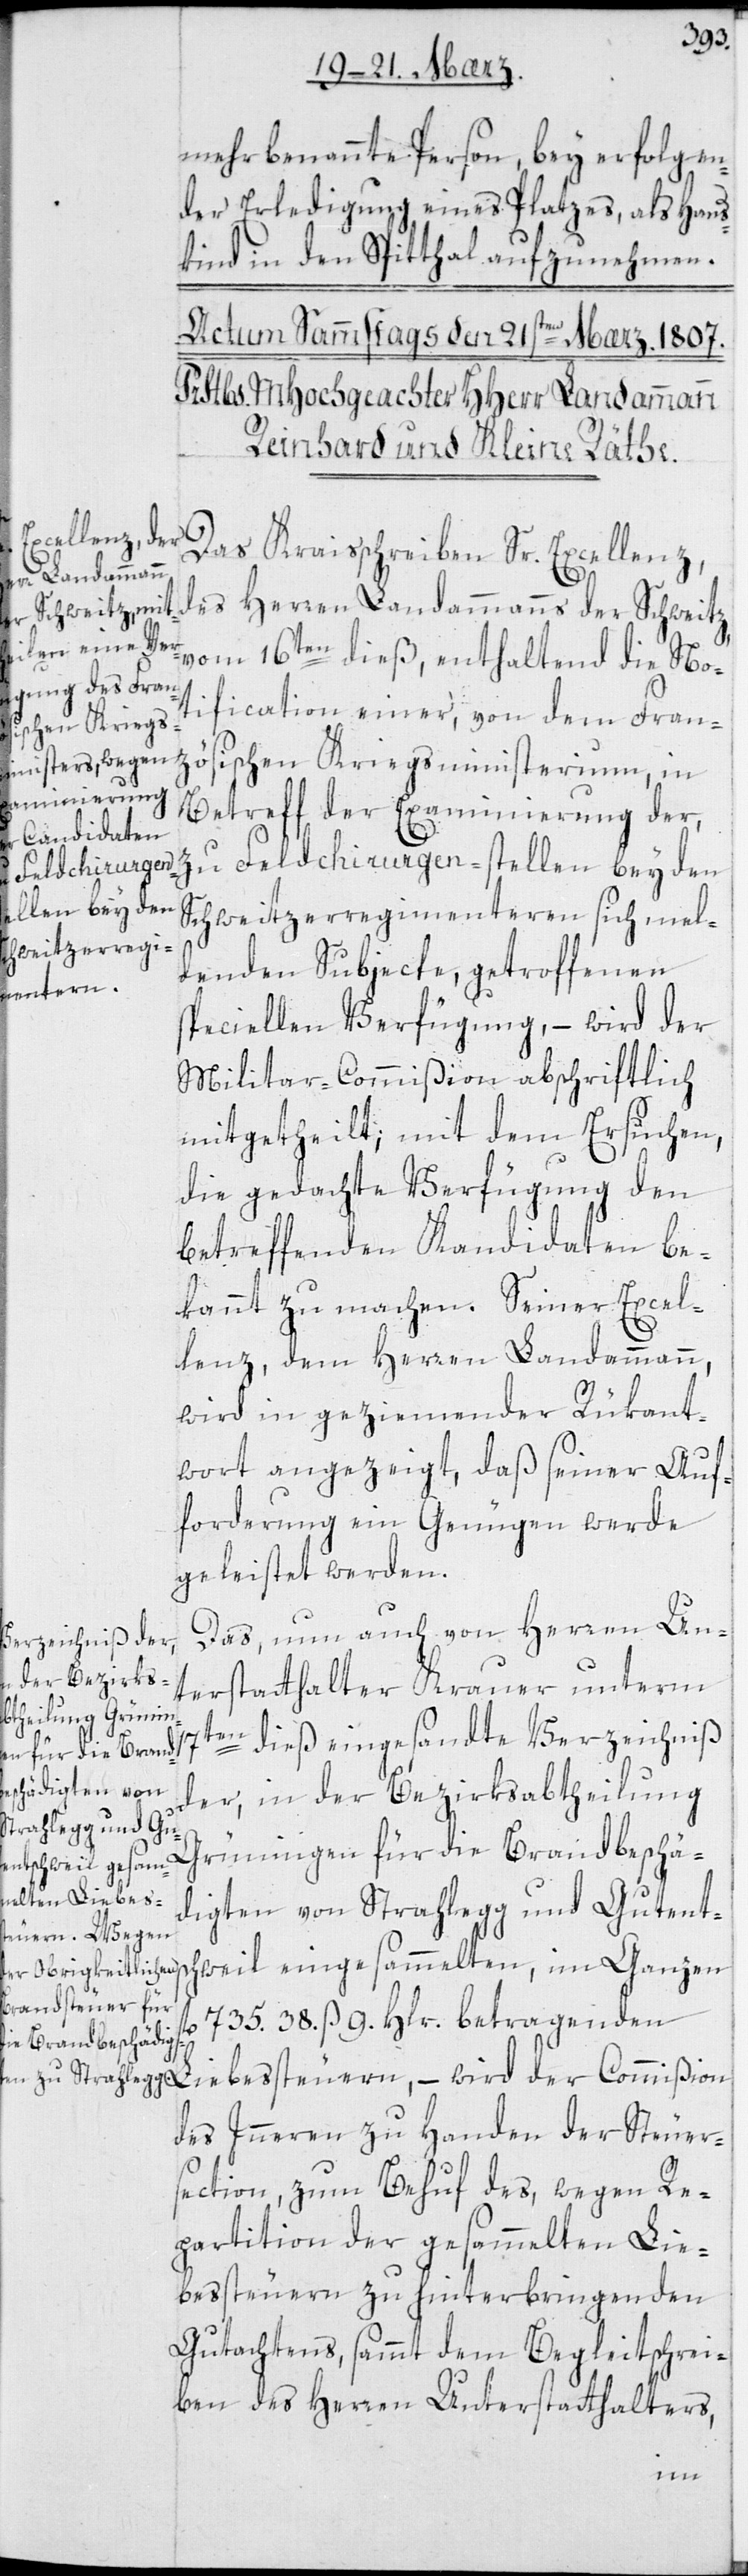
mehrbenannte Person, bey erfolgen¬
der Erledigung eines Platzes, als Haus¬
kind in den Spitthal aufzunehmen.
Das Kreisschreiben Sr. Excellenz
des Herren Landammanns der Schweitz
vom 16ten dieß, enthaltend die Not¬
ification einer, von dem Franz¬
ösischen Kriegsministerium, in
Betreff der Examinierung der,
zu Feldchirurgen-stellen bey den
Schweitzer Regimenteren sich mel¬
denden Subjecte, getroffenen
speciellen Verfügung, – wird der
Militarcommißion abschriftlich
mitgetheilt; mit dem Ersuchen,
die gedachte Verfügung den
betreffenden Kandidaten be¬
kannt zu machen. Seiner Excel¬
lenz dem Herren Landammann
wird in geziemender Rükant¬
wort angezeigt, daß seiner Auf¬
forderung ein Genügen werde
geleistet werden.
Das, nun auch von Herren Un¬
terstatthalter Krauer unterm
–
17ten dieß eingesandte Verzeichnis
der, in der Berirksabtheilung
Grüningen für die Brandbeschä¬
digten von Strahlegg und Gutents¬
735 38. ß 9. Hlr. betragenden
des Innern zu Handen der Steuer¬
section, zum Behuf des, wegen Re¬
partition der gesammmelten Lie¬
besteuern zu hinterbringenden
Gutachtens, sammt dem Begleitschrei¬
ben des Herren Unterstatthalters,
im